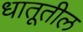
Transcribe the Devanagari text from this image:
धातूतील